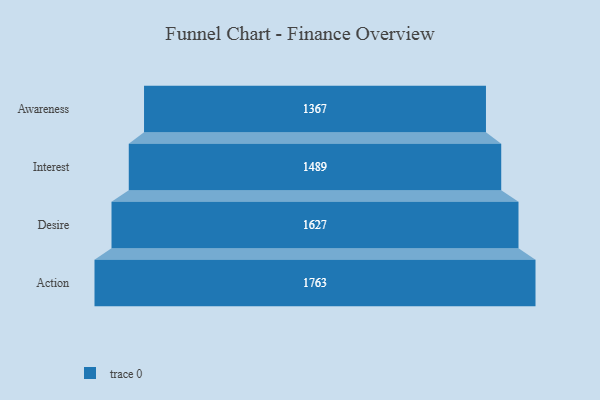
{"axis": {"x": "Stage", "y": "Value"}, "legend": [""], "data": [{"x": "Awareness", "y": 1367.0, "type": ""}, {"x": "Interest", "y": 1489.0, "type": ""}, {"x": "Desire", "y": 1627.0, "type": ""}, {"x": "Action", "y": 1763.0, "type": ""}]}